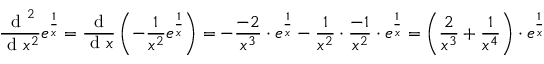
{ \frac { { \textrm { d } } ^ { 2 } } { { \textrm { d } } x ^ { 2 } } } e ^ { \frac { 1 } { x } } = { \frac { \textrm { d } } { { \textrm { d } } x } } \left( - { \frac { 1 } { x ^ { 2 } } } e ^ { \frac { 1 } { x } } \right) = - { \frac { - 2 } { x ^ { 3 } } } \cdot e ^ { \frac { 1 } { x } } - { \frac { 1 } { x ^ { 2 } } } \cdot { \frac { - 1 } { x ^ { 2 } } } \cdot e ^ { \frac { 1 } { x } } = \left( { \frac { 2 } { x ^ { 3 } } } + { \frac { 1 } { x ^ { 4 } } } \right) \cdot e ^ { \frac { 1 } { x } }